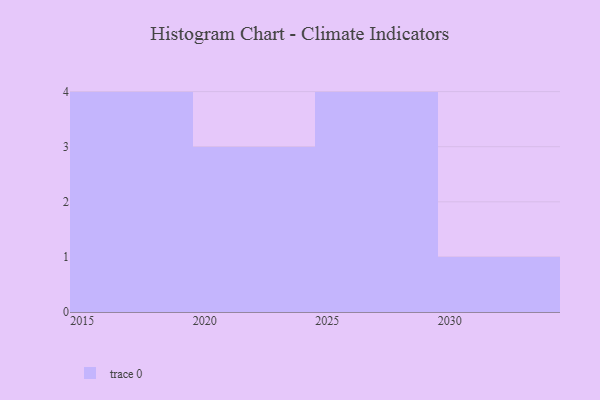
{"axis": {"x": "Year", "y": "Budget (USD K)"}, "legend": [""], "data": [{"x": "2027", "y": 75, "type": ""}, {"x": "2019", "y": 87, "type": ""}, {"x": "2023", "y": 67, "type": ""}, {"x": "2025", "y": 97, "type": ""}, {"x": "2017", "y": 1, "type": ""}, {"x": "2022", "y": 17, "type": ""}, {"x": "2028", "y": 56, "type": ""}, {"x": "2020", "y": 60, "type": ""}, {"x": "2018", "y": 69, "type": ""}, {"x": "2029", "y": 13, "type": ""}, {"x": "2015", "y": 91, "type": ""}, {"x": "2030", "y": 34, "type": ""}]}